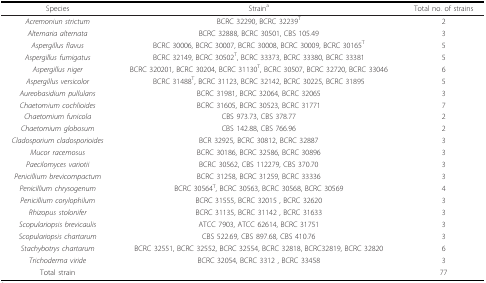
<table><thead><tr><td><b>Species</b></td><td><b>Strain<sup>a</sup></b></td><td><b>Total no. of strains</b></td></tr></thead><tbody><tr><td><i>Acremoniun strictum</i></td><td>BCRC 32290, BCRC 32239<sup>T</sup></td><td>2</td></tr><tr><td><i>Alternaria alternata</i></td><td>BCRC 32888, BCRC 30501, CBS 105.49</td><td>3</td></tr><tr><td><i>Aspergillus flavus</i></td><td>BCRC 30006, BCRC 30007, BCRC 30008, BCRC 30009, BCRC 30165<sup>T</sup></td><td>5</td></tr><tr><td><i>Aspergillus fumigatus</i></td><td>BCRC 32149, BCRC 30502<sup>T</sup>, BCRC 33373, BCRC 33380, BCRC 33381</td><td>5</td></tr><tr><td><i>Aspergillus niger</i></td><td>BCRC 320201, BCRC 30204, BCRC 31130<sup>T</sup>, BCRC 30507, BCRC 32720, BCRC 33046</td><td>6</td></tr><tr><td><i>Aspergillus versicolor</i></td><td>BCRC 31488<sup>T</sup>, BCRC 31123, BCRC 32142, BCRC 30225, BCRC 31895</td><td>5</td></tr><tr><td><i>Aureobasidium pullulans</i></td><td>BCRC 31981, BCRC 32064, BCRC 32065</td><td>3</td></tr><tr><td><i>Chaetomium cochlioides</i></td><td>BCRC 31605, BCRC 30523, BCRC 31771</td><td>7</td></tr><tr><td><i>Chaetomium funicola</i></td><td>CBS 973.73, CBS 378.77</td><td>2</td></tr><tr><td><i>Chaetomium globosum</i></td><td>CBS 142.88, CBS 766.96</td><td>2</td></tr><tr><td><i>Cladosporium cladosporioides</i></td><td>BCR 32925, BCRC 30812, BCRC 32887</td><td>3</td></tr><tr><td><i>Mucor racemosus</i></td><td>BCRC 30186, BCRC 32586, BCRC 30896</td><td>3</td></tr><tr><td><i>Paecilomyces variotii</i></td><td>BCRC 30562, CBS 112279, CBS 370.70</td><td>3</td></tr><tr><td><i>Penicillium brevicompactum</i></td><td>BCRC 31258, BCRC 31259, BCRC 33336</td><td>3</td></tr><tr><td><i>Penicillium chrysogenum</i></td><td>BCRC 30564<sup>T</sup>, BCRC 30563, BCRC 30568, BCRC 30569</td><td>4</td></tr><tr><td><i>Penicillium corylophilum</i></td><td>BCRC 31555, BCRC 32015 , BCRC 32620</td><td>3</td></tr><tr><td><i>Rhizopus stolonifer</i></td><td>BCRC 31135, BCRC 31142 , BCRC 31633</td><td>3</td></tr><tr><td><i>Scopulariopsis brevicaulis</i></td><td>ATCC 7903, ATCC 62614, BCRC 31751</td><td>3</td></tr><tr><td><i>Scopulariopsis chartarum</i></td><td>CBS 522.69, CBS 897.68, CBS 410.76</td><td>3</td></tr><tr><td><i>Stachybotrys chartarum</i></td><td>BCRC 32551, BCRC 32552, BCRC 32554, BCRC 32818, BCRC32819, BCRC 32820</td><td>6</td></tr><tr><td><i>Trichoderma viride</i></td><td>BCRC 32054, BCRC 3312 , BCRC 33458</td><td>3</td></tr><tr><td>Total strain</td><td></td><td>77</td></tr></tbody></table>